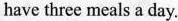
have three meals a day.